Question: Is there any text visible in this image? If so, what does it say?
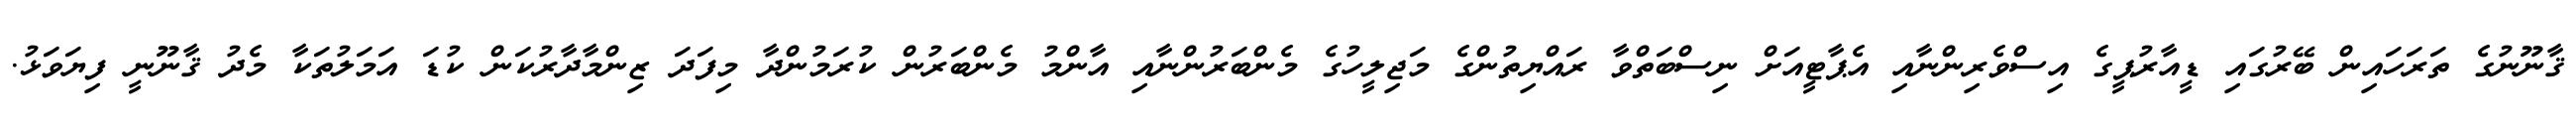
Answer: ޤާނޫނުގެ ތަރަހައިން ބޭރުގައި ޑީއާރުޕީގެ އިސްވެރިންނާއި އެޕާޓީއަށް ނިސްބަތްވާ ރައްޔިތުންގެ މަޖިލީހުގެ މެންބަރުންނާއި އާންމު މެންބަރުން ކުރަމުންދާ މިފަދަ ޒިންމާދާރުކަން ކުޑަ އަމަލުތަކާ މެދު ޤާނޫނީ ފިޔަވަޅު.